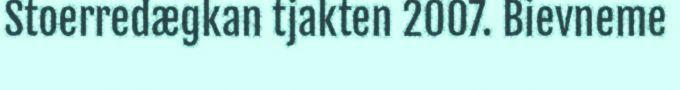
Stoerredægkan tjakten 2007. Bievneme